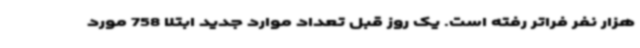
هزار نفر فراتر رفته است. یک روز قبل تعداد موارد جدید ابتلا 758 مورد